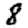
Digit: 8